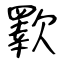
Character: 歝